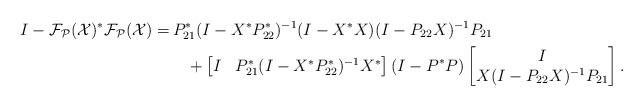
LaTeX: \begin{align*}I-\cal{F}_P(X)^*\cal{F}_P(X)= & \,P^*_{21}(I-X^*P^*_{22})^{-1}(I-X^*X)(I-P_{22}X)^{-1}P_{21}\\&\quad+\begin{bmatrix} I&P^*_{21}(I-X^*P^*_{22})^{-1}X^* \end{bmatrix}(I-P^*P)\begin{bmatrix} I\\X(I-P_{22}X)^{-1}P_{21} \end{bmatrix}.\end{align*}